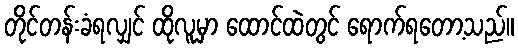
တိုင်တန်းခံရလျှင် ထိုလူမှာ ထောင်ထဲတွင် ရောက်ရတော့သည်။